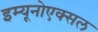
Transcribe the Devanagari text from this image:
इम्यूनोएक्सल